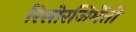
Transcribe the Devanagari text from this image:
रिसोरजिमेंतो